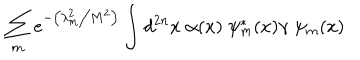
\sum _ { m } e ^ { - \left( \lambda _ { m } ^ { 2 } \big / M ^ { 2 } \right) } \int d ^ { 2 n } x \; \alpha ( x ) \; \psi _ { m } ^ { * } ( x ) \gamma \; \psi _ { m } ( x )